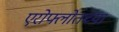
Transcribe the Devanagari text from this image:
एरोफ्लोतच्या